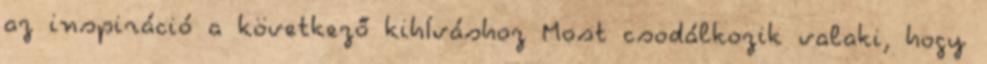
az inspiráció a következő kihÍváshoz Most csodálkozik valaki, hogy